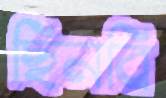
ছিনবি